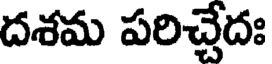
దశమ పరిచ్చేదః